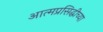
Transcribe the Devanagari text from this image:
आत्मप्रसिद्धीच्या